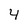
Character: 4